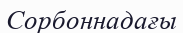
Сорбоннадағы